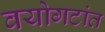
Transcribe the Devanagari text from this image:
वयोगटांत